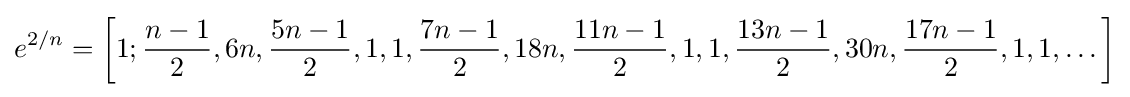
e^{2/n}=\left[1;{\frac {n-1}{2}},6n,{\frac {5n-1}{2}},1,1,{\frac {7n-1}{2}},18n,{\frac {11n-1}{2}},1,1,{\frac {13n-1}{2}},30n,{\frac {17n-1}{2}},1,1,\dots \right]\,\!